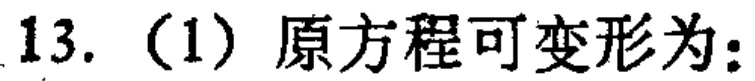
13.（1）原方程可变形为：